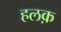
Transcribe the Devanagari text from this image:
हलक़